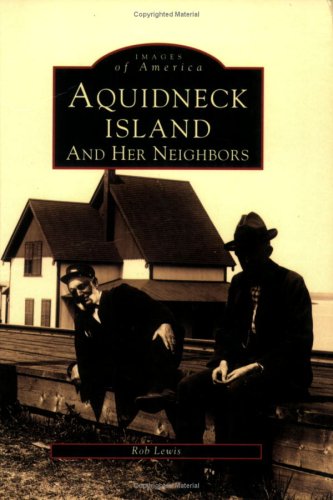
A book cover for Aquidneck Island (Images of America Series: New England); Rob Lewis; Travel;